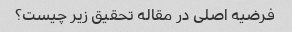
فرضیه اصلی در مقاله تحقیق زیر چیست؟